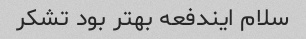
سلام ایندفعه بهتر بود تشکر